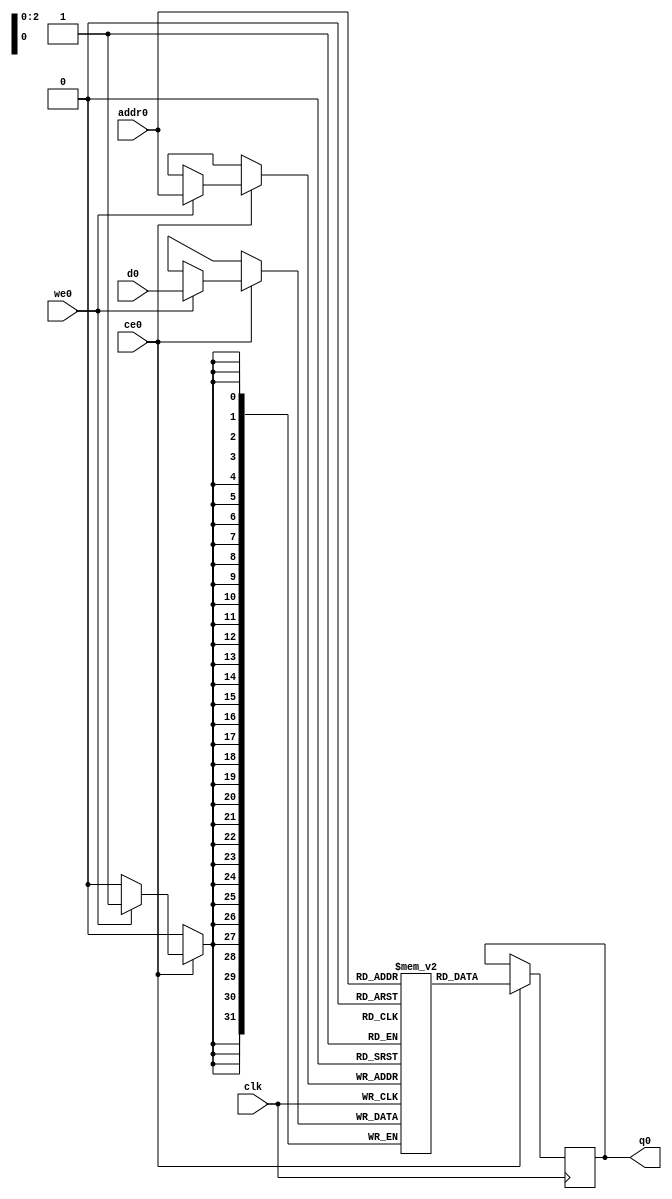
// ==============================================================
// Vivado(TM) HLS - High-Level Synthesis from C, C++ and SystemC v2019.1.1 (64-bit)
// Copyright 1986-2019 Xilinx, Inc. All Rights Reserved.
// ==============================================================
`timescale 1 ns / 1 ps
module mmult_opt_mdc_local_in1_0_ram (addr0, ce0, d0, we0, q0,  clk);

parameter DWIDTH = 32;
parameter AWIDTH = 3;
parameter MEM_SIZE = 8;

input[AWIDTH-1:0] addr0;
input ce0;
input[DWIDTH-1:0] d0;
input we0;
output reg[DWIDTH-1:0] q0;
input clk;

(* ram_style = "distributed" *)reg [DWIDTH-1:0] ram[0:MEM_SIZE-1];




always @(posedge clk)  
begin 
    if (ce0) 
    begin
        if (we0) 
        begin 
            ram[addr0] <= d0; 
        end 
        q0 <= ram[addr0];
    end
end


endmodule

`timescale 1 ns / 1 ps
module mmult_opt_mdc_local_in1_0(
    reset,
    clk,
    address0,
    ce0,
    we0,
    d0,
    q0);

parameter DataWidth = 32'd32;
parameter AddressRange = 32'd8;
parameter AddressWidth = 32'd3;
input reset;
input clk;
input[AddressWidth - 1:0] address0;
input ce0;
input we0;
input[DataWidth - 1:0] d0;
output[DataWidth - 1:0] q0;



mmult_opt_mdc_local_in1_0_ram mmult_opt_mdc_local_in1_0_ram_U(
    .clk( clk ),
    .addr0( address0 ),
    .ce0( ce0 ),
    .we0( we0 ),
    .d0( d0 ),
    .q0( q0 ));

endmodule